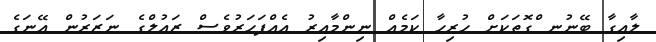
ލާއިގާ ބޭނުނ ްގޮތަކަށް ހުރިހާ ކަމެއް ނިންމާއިރު އެއްފަހަރުވެސް ޒައުލްގެ ނަޒަރުން އޭނަގެ